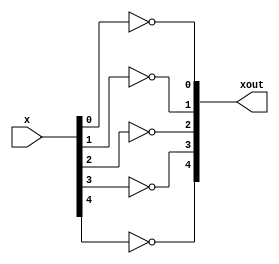
module twos_complement_flipper5(x, xout);
	input [4:0] x;
	output [4:0] xout;
	not notter0(xout[0], x[0]);
	not notter1(xout[1], x[1]);
	not notter2(xout[2], x[2]);
	not notter3(xout[3], x[3]);
	not notter4(xout[4], x[4]);

endmodule